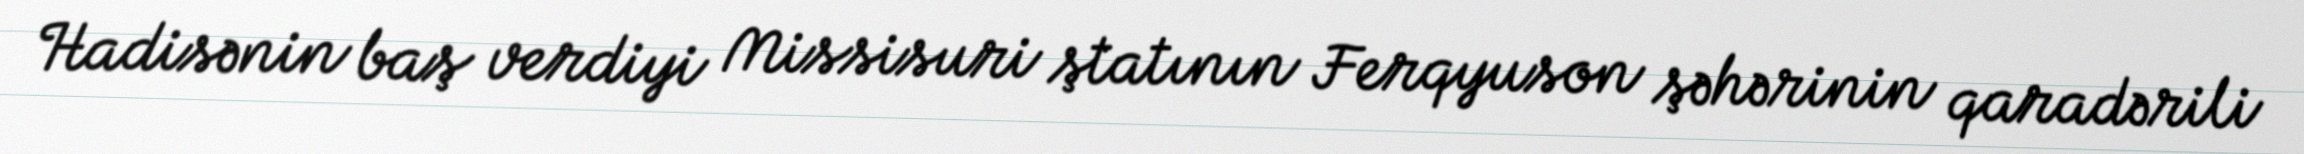
Hadisənin baş verdiyi Missisuri ştatının Ferqyuson şəhərinin qaradərili